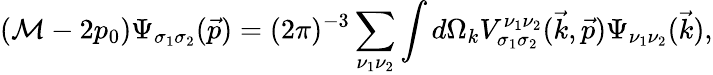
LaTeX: ({\cal M}-2p_{0})\Psi_{\sigma_{1}\sigma_{2}}(\vec{p})=(2\pi)^{-3}\sum_{\nu_{1}\nu_{2}}\int d\Omega_{k}V_{\sigma_{1}\sigma_{2}}^{\nu_{1}\nu_{2}}(\vec{k},\vec{p})\Psi_{\nu_{1}\nu_{2}}(\vec{k}),